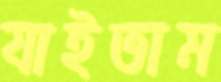
যাইতাম